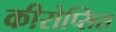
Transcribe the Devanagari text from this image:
कीरोप्सिस